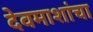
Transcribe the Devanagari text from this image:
देवमाशांचा